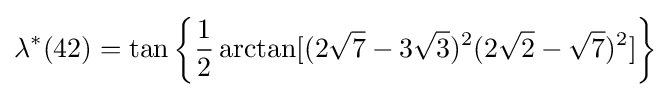
\lambda ^{*}(42)=\tan \left\{{\frac {1}{2}}\arctan[(2{\sqrt {7}}-3{\sqrt {3}})^{2}(2{\sqrt {2}}-{\sqrt {7}})^{2}]\right\}